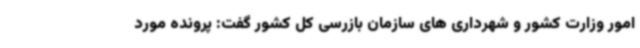
امور وزارت کشور و شهرداری های سازمان بازرسی کل کشور گفت: پرونده مورد